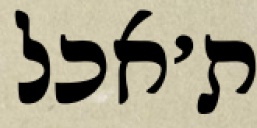
ת׳אכל